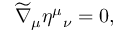
\widetilde { \nabla } _ { \mu } \eta ^ { \mu } { _ { \nu } } = 0 ,